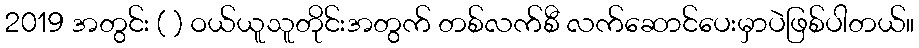
2019 အတွင်း ( ) ဝယ်ယူသူတိုင်းအတွက် တစ်လက်စီ လက်ဆောင်ပေးမှာပဲဖြစ်ပါတယ်။